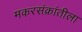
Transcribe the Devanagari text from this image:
मकरसंक्रांतीला